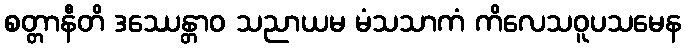
စတ္တာနီတိ ဒဿေန္တာဝ သညာယမ မံသသာကံ ကိလေသဝူပသမေန